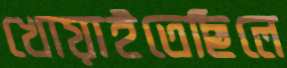
খোয়াইতেছিলে